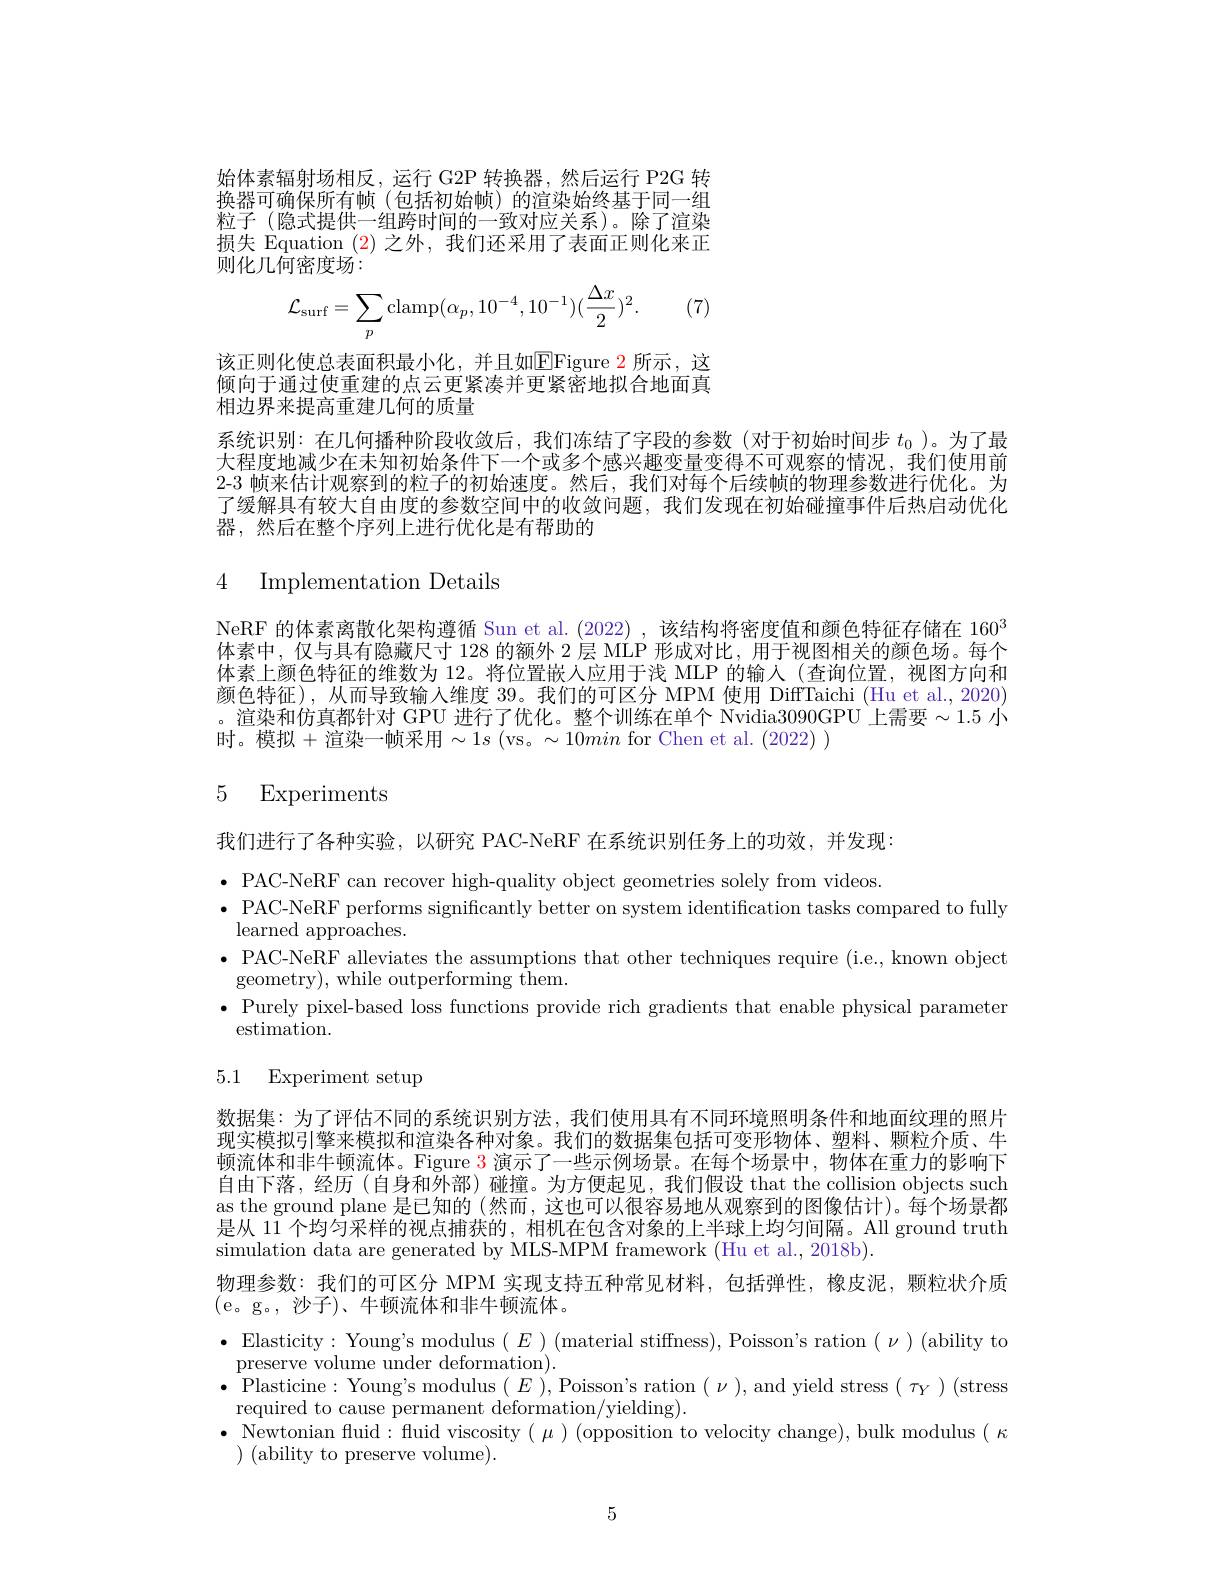
始体素辐射场相反，运行 G2P 转换器，然后运行 P2G 转换器可确保所有帧(包括初始帧)的渲染始终基于同一组粒子 (隐式提供一组跨时间的一致对应关系)。除了渲染损失 Equation $(\color{red}2)$之外，我们还采用了表面正则化来正则化几何密度场：
$$\mathcal{L}_{\mathrm{surf}}=\sum_p\mathrm{clamp}(\alpha_p,10^{-4},10^{-1})(\frac{\Delta x}{2})^2.$$
(7)

该正则化使总表面积最小化，并且如EFigure 2 所示，这倾向于通过使重建的点云更紧凑并更紧密地拟合地面真相边界来提高重建几何的质量

系统识别：在几何播种阶段收敛后，我们冻结了字段的参数(对于初始时间步$t_0$ )。为了最大程度地减少在未知初始条件下一个或多个感兴趣变量变得不可观察的情况，我们使用前2-3 帧来估计观察到的粒子的初始速度。然后，我们对每个后续帧的物理参数进行优化。为了缓解具有较大自由度的参数空间中的收敛问题，我们发现在初始碰撞事件后热启动优化器，然后在整个序列上进行优化是有帮助的

4 Implementation Details

NeRF 的体素离散化架构遵循 Sun et al. (2022) ,该结构将密度值和颜色特征存储在 160$^3$ 体素中，仅与具有隐藏尺寸 128 的额外 2 层 MLP 形成对比，用于视图相关的颜色场。每个体素上颜色特征的维数为 12。将位置嵌人应用于浅 MLP 的输入 (查询位置，视图方向和颜色特征),从而导致输入维度 39。我们的可区分 MPM 使用 DiffTaichi (Hu et al., 2020) 。渲染和仿真都针对 GPU 进行了优化。整个训练在单个 Nvidia3090GPU 上需要$\sim1.5$ 小时。模拟+渲染一帧采用$\sim 1s$ $( vs。\sim 10min$ for Chen et al. (2022) )

## 5 Experiments

我们进行了各种实验，以研究 PAC-NeRF 在系统识别任务上的功效，并发现：

$\bullet$ PAC-NeRF can recover high-quality object geometries solely from videos.
$\bullet\underset{{\mathrm{PAC-NeRF~performs~significantly~better~on~system~identification~tasks~compared~to~fully}}}\bullet\underset{{\mathrm{PAC-NeRF~performs~significantly~better~on~system~identification~tasks~compared~to~fully}}}$
${\mathrm{learned~approaches.}}$
$\bullet$ PAC-NeRF alleviates the assumptions that other techniques require (i.e., known object
geometry), while outperforming them.
$\bullet$ Purely pixel-based loss functions provide rich gradients that enable physical parameter
estimation.

# 5.1 Experiment setup

数据集：为了评估不同的系统识别方法，我们使用具有不同环境照明条件和地面纹理的照片现实模拟引擎来模拟和渲染各种对象。我们的数据集包括可变形物体、塑料、颗粒介质、牛顿流体和非牛顿流体。Figure $\color{#c00}{3}$演示了一些示例场景。在每个场景中，物体在重力的影响下自由下落，经历 (自身和外部)碰撞。为方便起见，我们假设 that the collision objects such as the ground plane 是已知的 (然而，这也可以很容易地从观察到的图像估计)。每个场景都是从$\bar{11}\bar{\text{ 个均匀采样的视点捕获的，相机在包含对象的上半球上均匀间隔。All ground truth}}$ simulation data are generated by MLS-MPM framework (Hu et al., 2018b).
物理参数：我们的可区分 MPM 实现支持五种常见材料，包括弹性，橡皮泥，颗粒状介质
(e。g。,沙子)、牛顿流体和非牛顿流体。
$\bullet$ Elasticity:Young's modulus$(E)($material stiffness),Poisson's ration$(\nu)($ability to
preserve volume under deformation)
$\bullet$ Plasticine: Young's modulus $(E)$, Poisson's ration $(\nu)$,and yield stress $(\tau_{Y})($stress
required to cause permanent deformation/yielding).
$\bullet$ Newtonian fuid: fluid viscosity $(\mu)($opposition to velocity change), bulk modulus $(\kappa$
 ( ability to preserve volume) .

5